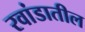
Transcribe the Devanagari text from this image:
रवांडातील